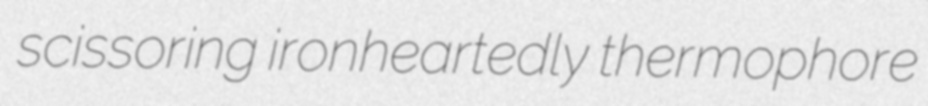
scissoring ironheartedly thermophore